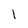
Character: 1